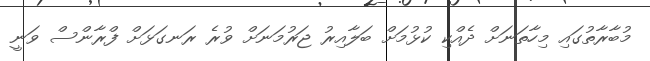
މުބާރާތުގައި މިހާތަނަށް ދެއްކި ކުޅުމަށް ބަލާއިރު ޖަރުމަނަށް ވުރެ ރަނގަޅަށް ފްރާންސް ވަނީ